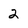
Character: 2